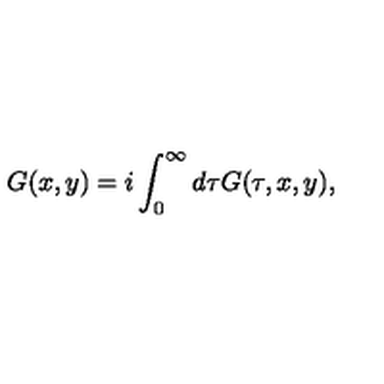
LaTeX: G ( x , y ) = i \int _ { 0 } ^ { \infty } d \tau G ( \tau , x , y ) ,